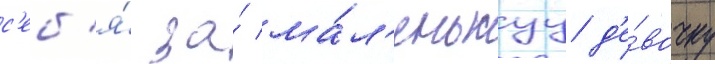
с'еб'я́ за́ ма́л'енькуу д'е́вочку